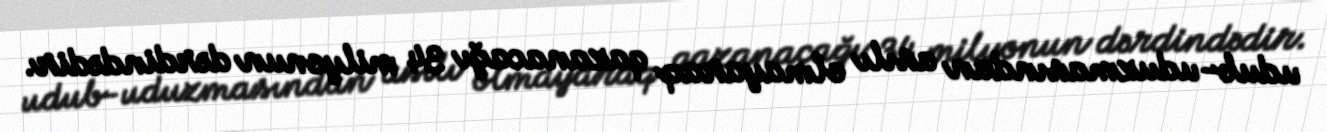
udub-uduzmasından asılı olmayaraq qazanacağı 34 milyonun dərdindədir.